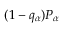
( 1 - q _ { \alpha } ) P _ { \alpha }